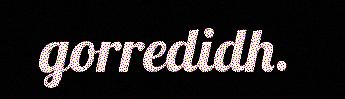
gorredidh.